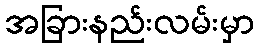
အခြားနည်းလမ်းမှာ